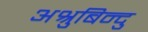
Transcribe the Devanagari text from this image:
अश्रुबिन्दु